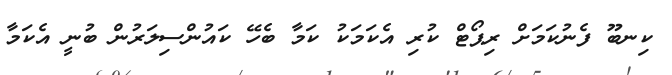
ކިނބޫ ފެނުކަމަށް ރިޕޯޓް ކުރި އެކަމަކު ކަމާ ބެހޭ ކައުންސިލަރުން ބުނީ އެކަމާ